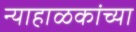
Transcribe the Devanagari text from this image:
न्याहाळकांच्या